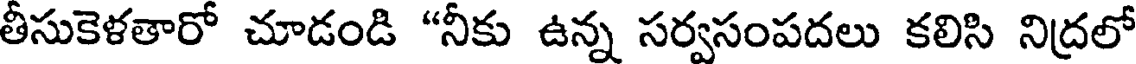
తీసుకెళతారో చూడండి "నీకు ఉన్న సర్వసంపదలు కలిసి నిద్రలో